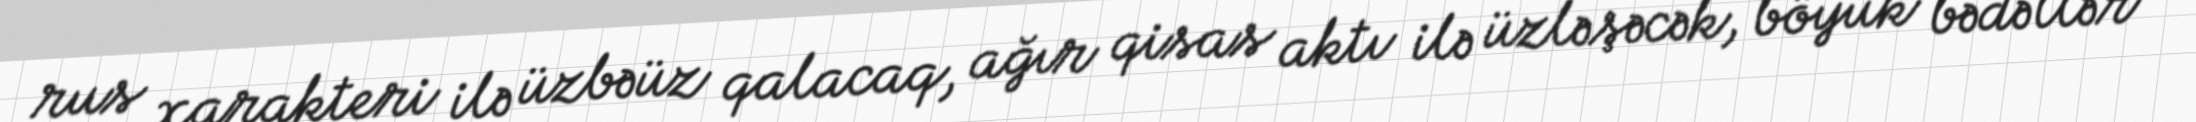
rus xarakteri ilə üzbəüz qalacaq, ağır qisas aktı ilə üzləşəcək, böyük bədəllər